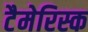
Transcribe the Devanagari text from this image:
टैमेरिस्क